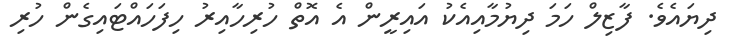
ދިޔައެވެ. ފާޒިލް ހަމަ ދިޔުމާއިއެކު އައިރީން އެ އޮތް ހުރިހާއިރު ހިފަހައްޓައިގެން ހުރި